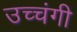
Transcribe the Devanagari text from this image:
उच्चंगी